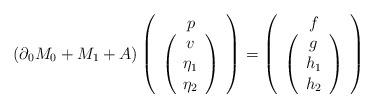
LaTeX: \begin{align*}\left(\partial_{0}M_{0}+M_{1}+A\right)\left(\begin{array}{c}p\\\left(\begin{array}{c}v\\\eta_{1}\\\eta_{2}\end{array}\right)\end{array}\right)=\left(\begin{array}{c}f\\\left(\begin{array}{c}g\\h_{1}\\h_{2}\end{array}\right)\end{array}\right)\end{align*}